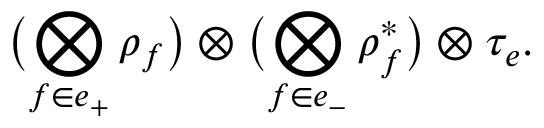
\bigl ( \bigotimes _ { f \in e _ { + } } \rho _ { f } \bigr ) \otimes \bigl ( \bigotimes _ { f \in e _ { - } } \rho _ { f } ^ { \ast } \bigr ) \otimes \tau _ { e } .